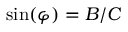
{ } \quad \quad \sin ( \varphi ) = B / C